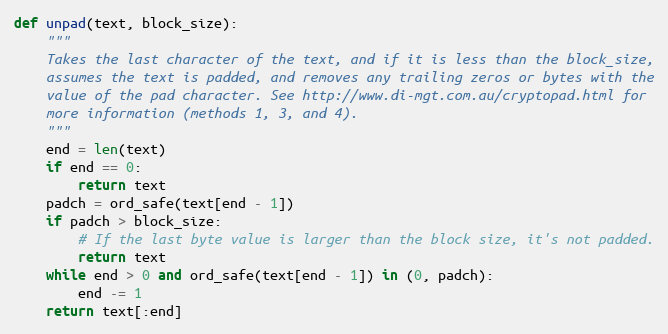
Language: Python
def unpad(text, block_size):
    """
    Takes the last character of the text, and if it is less than the block_size,
    assumes the text is padded, and removes any trailing zeros or bytes with the
    value of the pad character. See http://www.di-mgt.com.au/cryptopad.html for
    more information (methods 1, 3, and 4).
    """
    end = len(text)
    if end == 0:
        return text
    padch = ord_safe(text[end - 1])
    if padch > block_size:
        # If the last byte value is larger than the block size, it's not padded.
        return text
    while end > 0 and ord_safe(text[end - 1]) in (0, padch):
        end -= 1
    return text[:end]